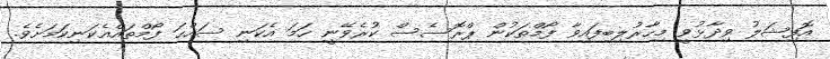
އޮފިޝަލު ވިދާޅުވީ މިހާރުލިބިފައިވާ ފޯމްތަކުން ޕްރޮސެސް ކުރެވޭނީ ހަމަ އެކަނި ސައްޙަ ފޯމްތައްއެކަނިކަމަށެވެ.